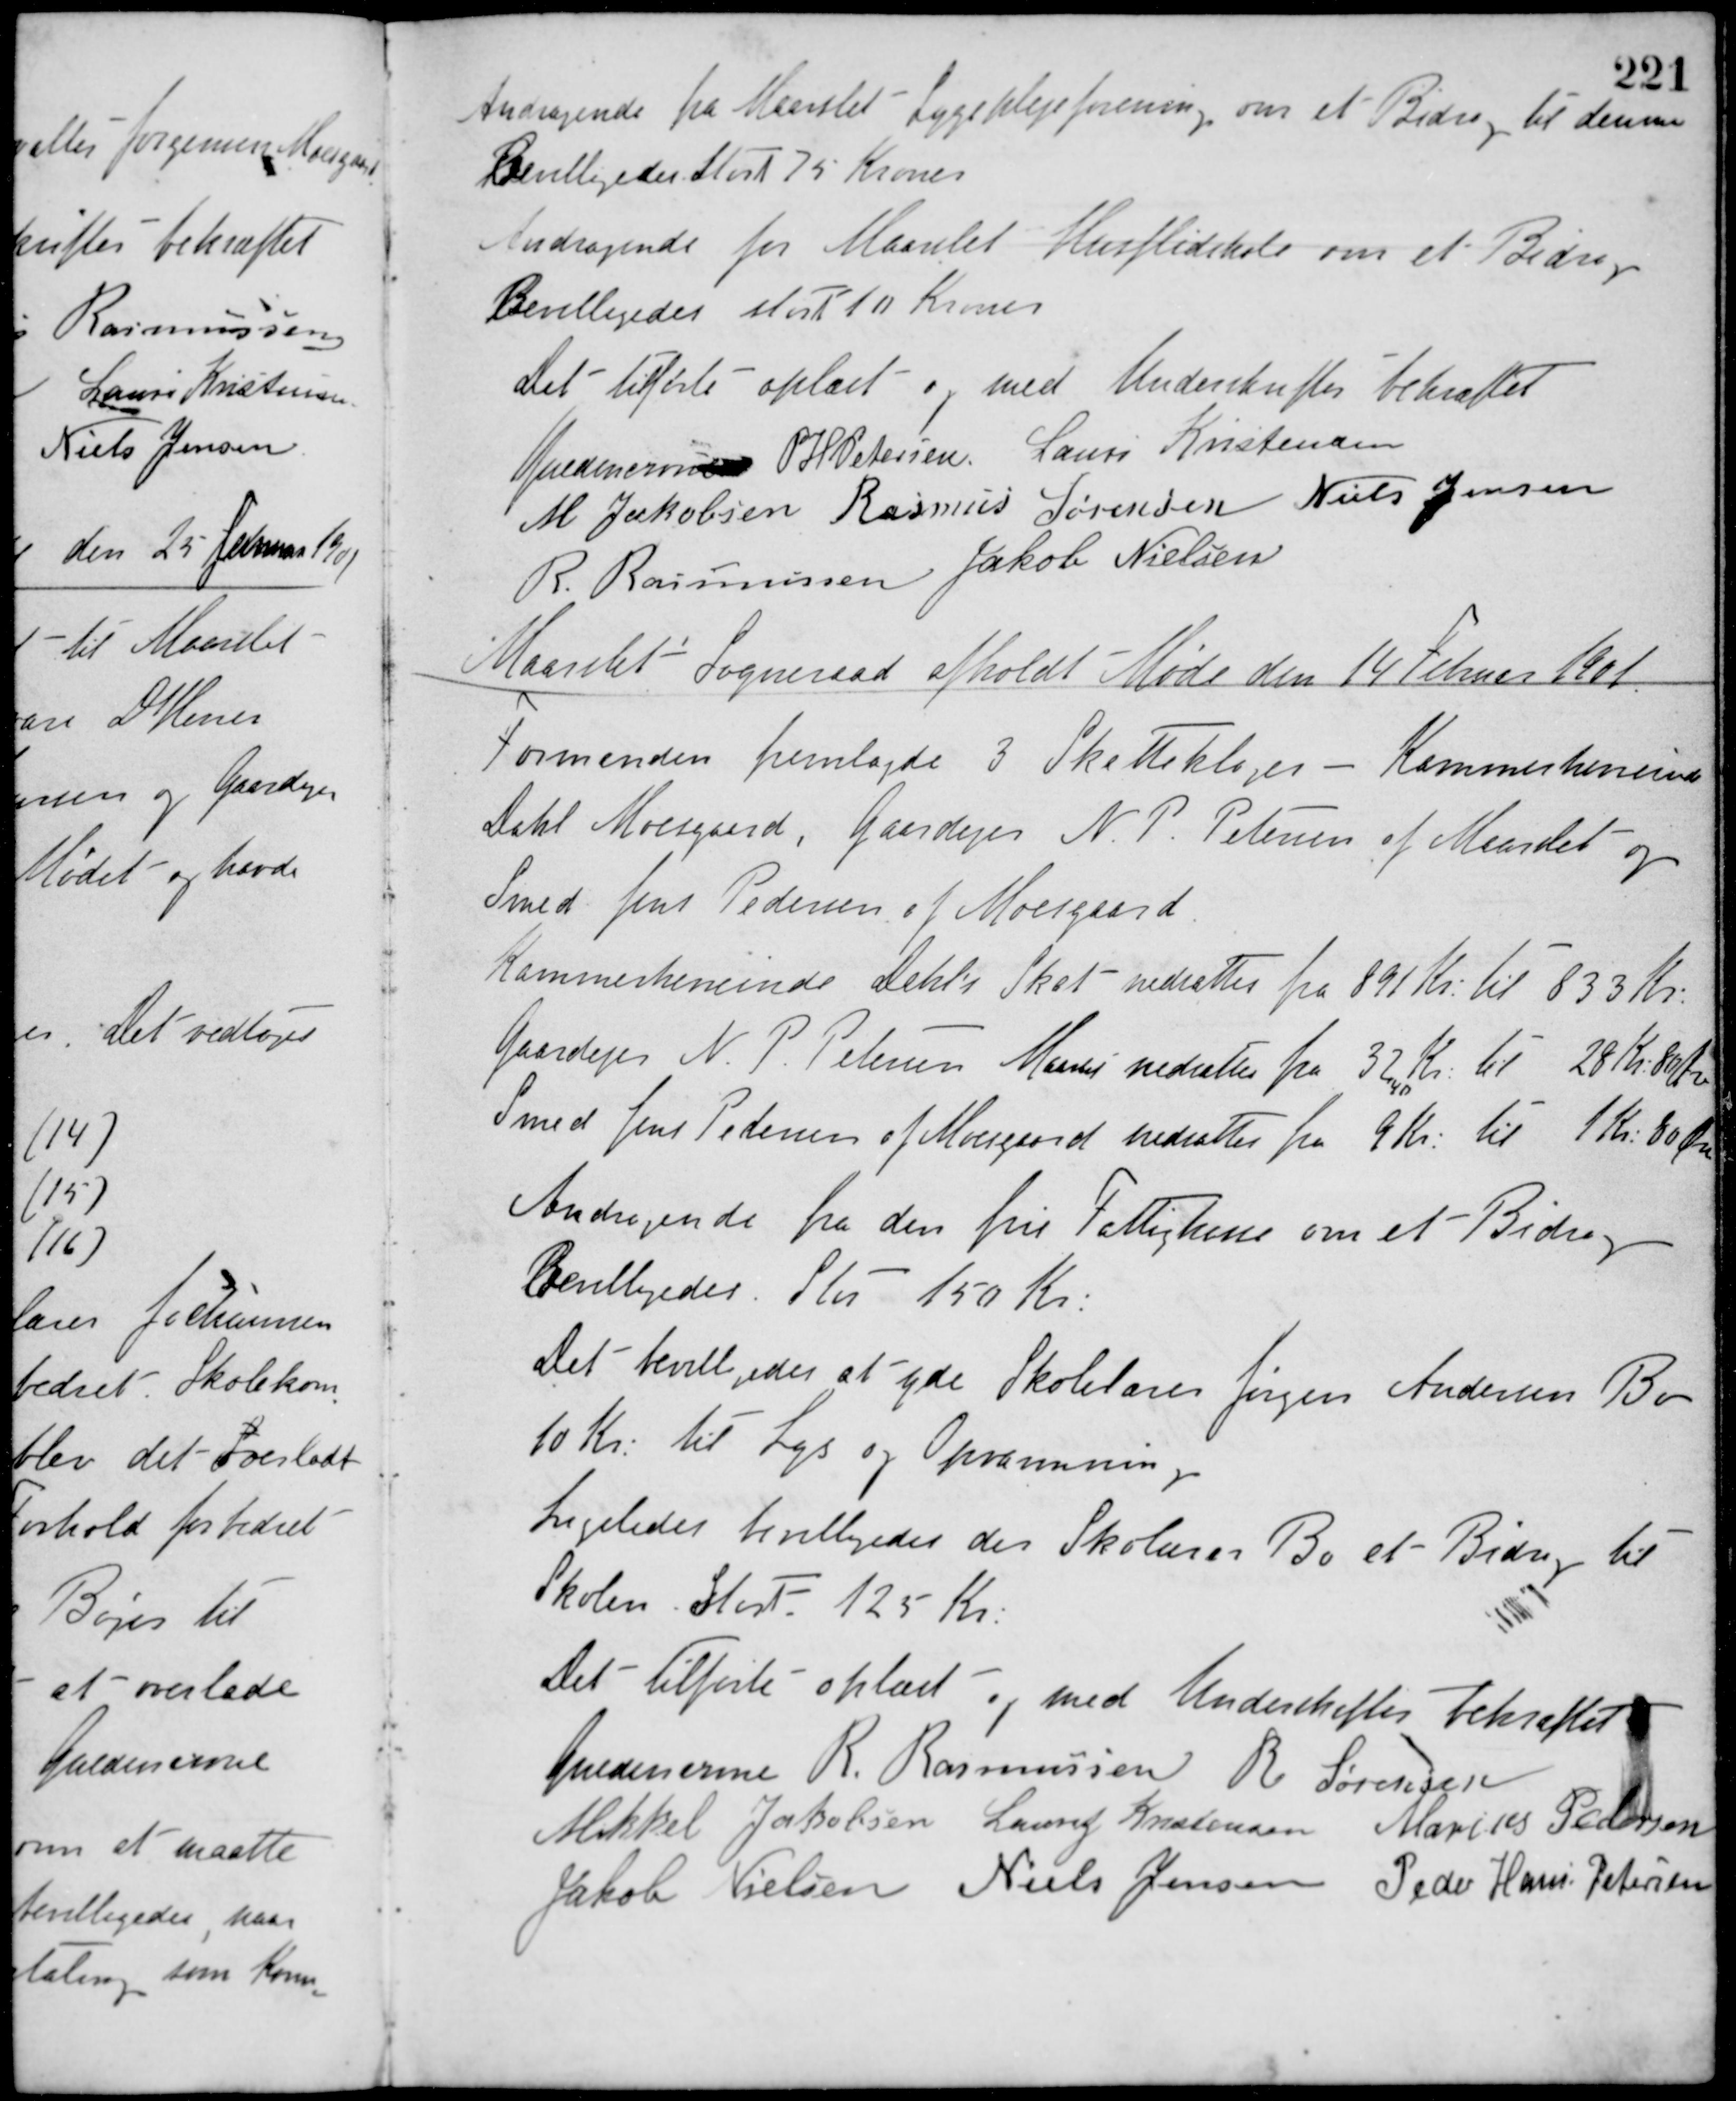
Transskription:
Andragende fra Maarslet Sygeplejeforening om et Bidrag til denne.
Bevilligedes Stort 75 Kroner.
Andragende for Maarslet Husflidskole om et Bidrag
Bevilligedes stort 10 Kroner
Det tilførte oplæst og med Underskrifter bekræftet
Guldencrone P. H. Petersen Laurs Kristensen
M. Jakobsen Rasmus Sørensen Niels Jensen
R. Rasmussen Jakob Nielsen
Maarslet Sogneraad afholdt Møde den 14 Februar 1901
Formanden fremlagde 3 Skatteklager - Kammerherreinde
Dahl Moesgaard, Gaardejer N. P. Petersen af Maarslet og
Smed Jens Pedersen af Moesgaard.
Kammerherrerinde Dahls Skat nedsættes fra 891 Kr. til 833 Kr.
Gaardejer N. P. Petersen Maarslet nedsættes fra 32 Kr. til 28 Kr 80 Øre
Smed Jens Petersen af Moesgaard nedsattes fra 9 Kr. til 1 Kr. 80 Øre
Andragende fra den frie Fattighuse om et Bidrag
Bevilligedes Stor 150 Kr.
Det bevilligedes at yde Skolelærer Jørgens Andersen Bo
10 Kr. til Lys og Opvarmning.
Ligeledes bevilligedes der Skolelærer Boet Bidrag til
Skolen Stort 125 Kr.
Det tilførte oplæst og med Underskrifter bekræftet
Guldencrone R. Rasmussen R. Sørensen
Mikkel Jakobsen Laurs Kristensen Marius Pedersen
Jakob Nielsen Niels Jensen Peder Hans Petersen